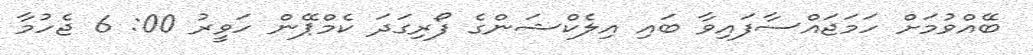
ބޭއްވުމަށް ހަމަޖައްސާފައިވާ ބައި އިލެކްޝަންގެ ފޯރިގަދަ ކެމްޕޭން ހަވީރު 00: 6 ޖެހުމާ